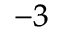
^ { - 3 }